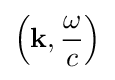
\left(\mathbf {k} ,{\frac {\omega }{c}}\right)